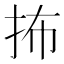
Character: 抪